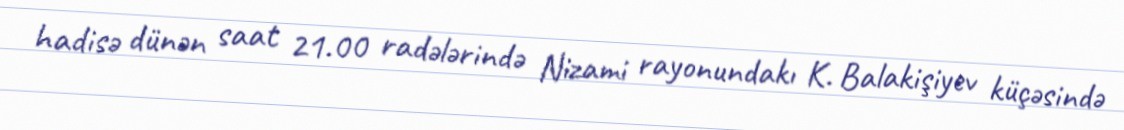
hadisə dünən saat 21.00 radələrində Nizami rayonundakı K. Balakişiyev küçəsində